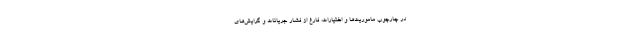
در چارچوب ماموریت‌ها و اختیارات، فارغ از فشار جریانات و گرایش‌های